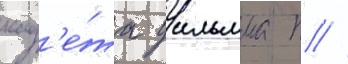
кад'е́та уильяма п //